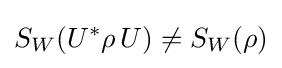
S_{W}(U^{*}\rho \,U)\neq S_{W}(\rho )